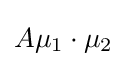
A\mathbf {\mu } _{1}\cdot \mathbf {\mu } _{2}